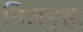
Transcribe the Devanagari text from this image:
निःस्पृहः